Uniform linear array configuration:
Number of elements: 12
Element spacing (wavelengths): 0.5
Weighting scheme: blackman
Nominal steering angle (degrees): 0
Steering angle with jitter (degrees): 0.7283
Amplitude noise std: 0.05
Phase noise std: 0.05

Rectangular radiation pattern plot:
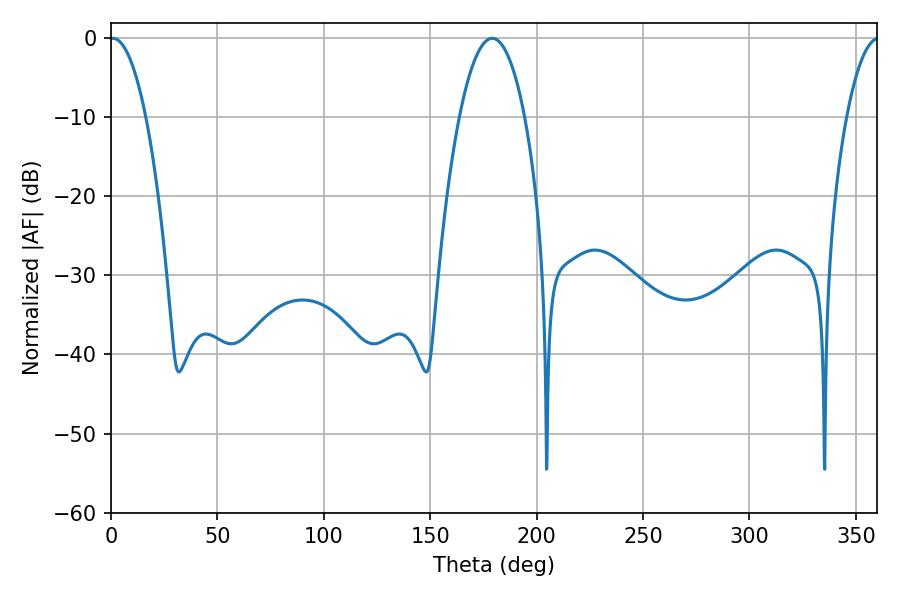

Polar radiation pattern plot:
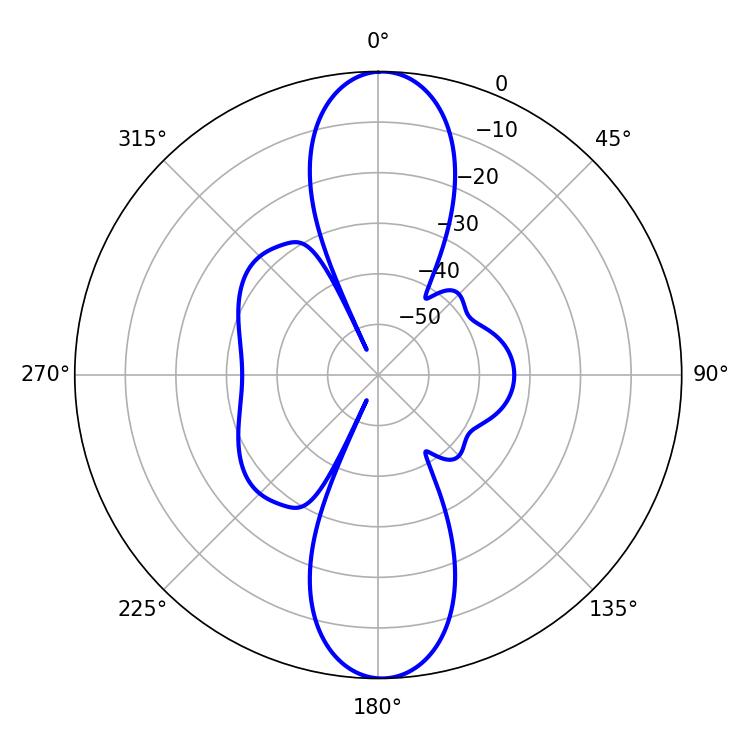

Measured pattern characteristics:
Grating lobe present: FALSE
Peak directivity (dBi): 23.553
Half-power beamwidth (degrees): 9.36
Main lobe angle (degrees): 0.9